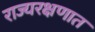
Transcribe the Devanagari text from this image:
राज्यरक्षणात